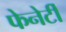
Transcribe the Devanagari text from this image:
फेनेर्टी